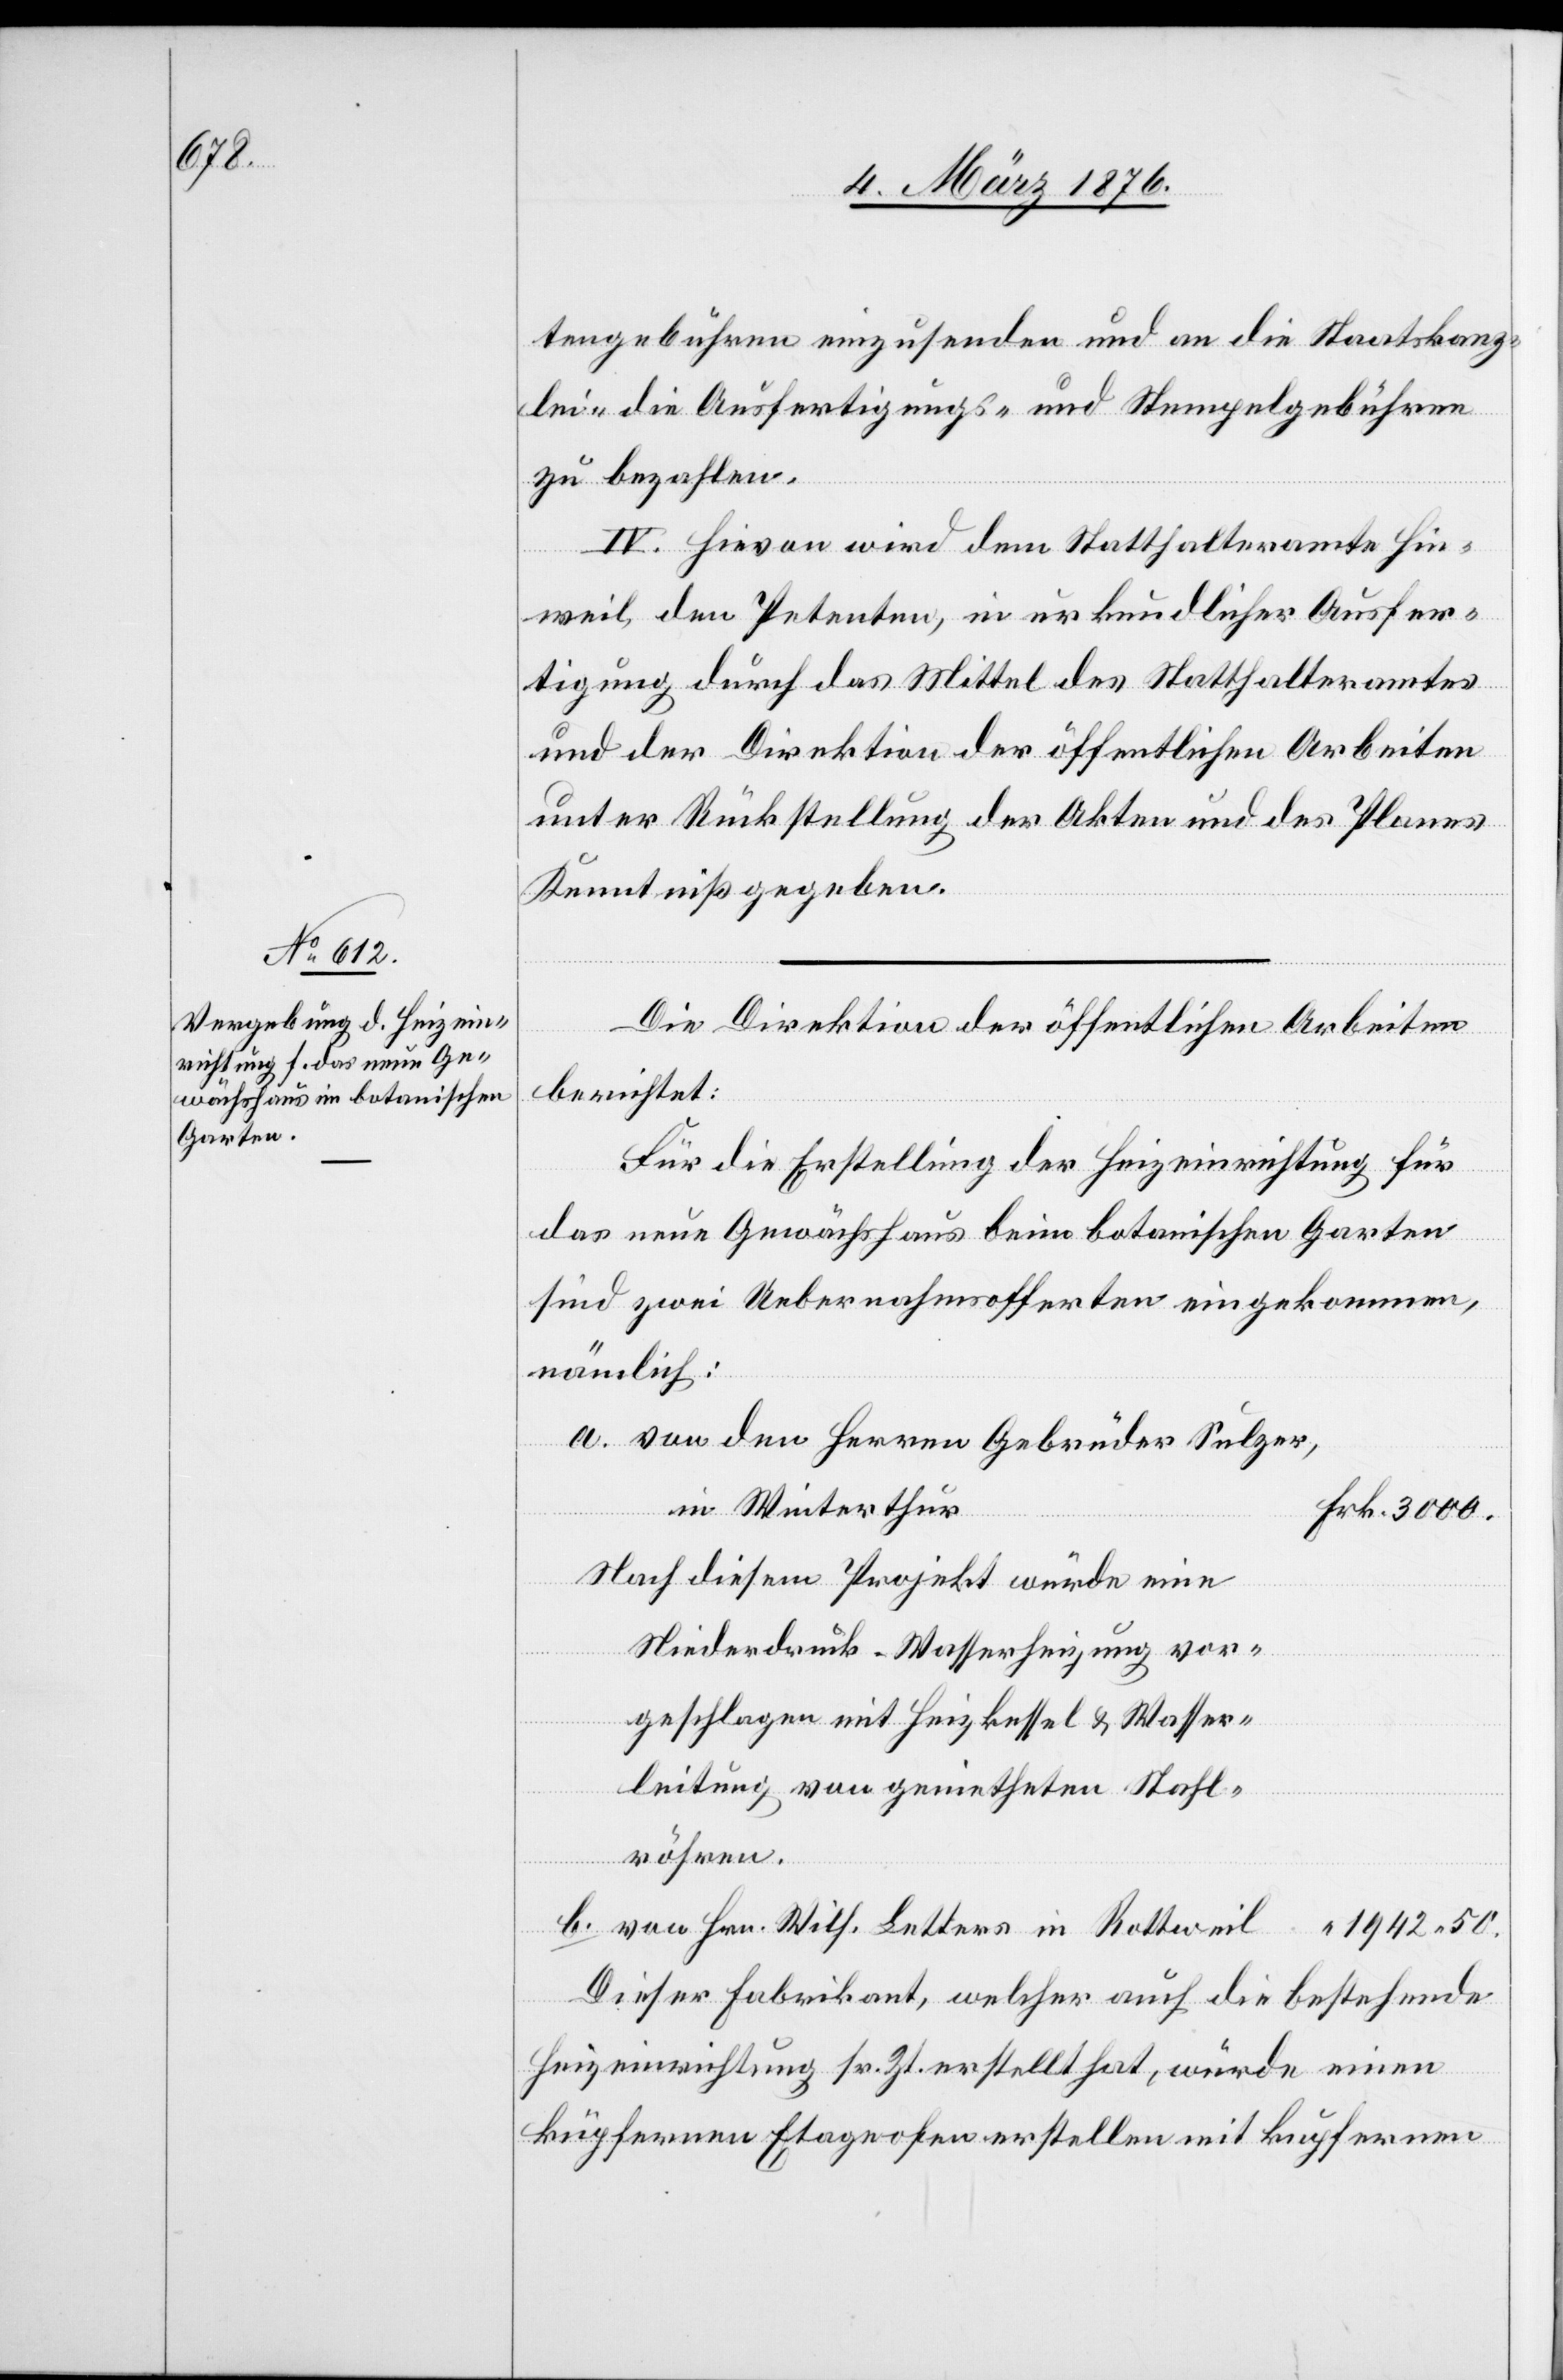
Wilh.

tengebühren einzusenden und an die Staatskanz¬
lei- die Ausfertigungs- und Stempelgebühren
zu bezahlen.
“
IV. Hievon wird dem Statthalteramt Hin¬
weil, den Petenten, in urkundlicher Ausfer¬
tigung durch das Mittel des Statthalteramtes
und der Direktion der öffentlichen Arbeiten
unter Rückstellung der Akten und des Planes
Kenntniß gegeben.
Letters in
Die Direktion der öffentlichen Arbeiten
berichtet:
Für die Erstellung der Heizeinrichtung für
das neue Gewächshaus beim botanischen Garten
sind zwei Uebernahmsofferten eingekommen,
nämlich:
von den Herren Gebrüder Sulzer,
in Winterthur
Nach diesem Projekt würde eine
Niederdruck-Wasserheizung vor¬
geschlagen mit Heizkessel & Wasser¬
leitung von genietheten Hohl¬
röhren.
Dieser Fabrikant, welcher auch die bestehende
Heizeinrichtung sr. Zt. erstellt hat, würde einen
küpfernen Etageofen erstellen mit küpfernen